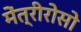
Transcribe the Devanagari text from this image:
मेंत्रीरोसो